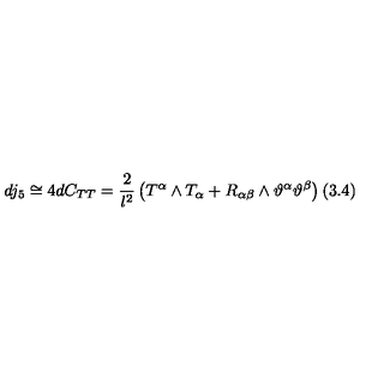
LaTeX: d j _ { 5 } \cong 4 d C _ { T T } = \frac { 2 } { l ^ { 2 } } \left( T ^ { \alpha } \wedge T _ { \alpha } + R _ { \alpha \beta } \wedge \vartheta ^ { \alpha } \vartheta ^ { \beta } \right) ( 3 . 4 )